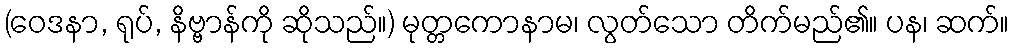
(ဝေဒနာ, ရုပ်, နိဗ္ဗာန်ကို ဆိုသည်။) မုတ္တကောနာမ၊ လွတ်သော တိက်မည်၏။ ပန၊ ဆက်။